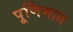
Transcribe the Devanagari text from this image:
पूर्णिमात